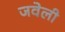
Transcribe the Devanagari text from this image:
जवेली